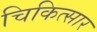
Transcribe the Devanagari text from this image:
चिकित्सार